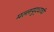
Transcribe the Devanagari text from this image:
मल्लयुद्धाची